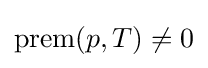
\mathrm {prem} (p,T)\neq 0